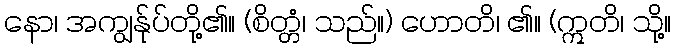
နော၊ အကျွန်ုပ်တို့၏။ (စိတ္တံ၊ သည်။) ဟောတိ၊ ၏။ (ဣတိ၊ သို့။